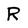
Character: R